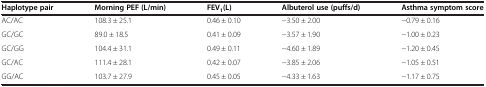
<table><thead><tr><td><b>Haplotype pair</b></td><td><b>Morning PEF (L/min)</b></td><td><b>FEV<sub>1</sub>(L)</b></td><td><b>Albuterol use (puffs/d)</b></td><td><b>Asthma symptom score</b></td></tr></thead><tbody><tr><td>AC/AC</td><td>108.3 ± 25.1</td><td>0.46 ± 0.10</td><td>−3.50 ± 2.00</td><td>−0.79 ± 0.16</td></tr><tr><td>GC/GC</td><td>89.0 ± 18.5</td><td>0.41 ± 0.09</td><td>−3.57 ± 1.90</td><td>−1.00 ± 0.23</td></tr><tr><td>GC/GG</td><td>104.4 ± 31.1</td><td>0.49 ± 0.11</td><td>−4.60 ± 1.89</td><td>−1.20 ± 0.45</td></tr><tr><td>GC/AC</td><td>111.4 ± 28.1</td><td>0.42 ± 0.07</td><td>−3.85 ± 2.06</td><td>−1.05 ± 0.51</td></tr><tr><td>GG/AC</td><td>103.7 ± 27.9</td><td>0.45 ± 0.05</td><td>−4.33 ± 1.63</td><td>−1.17 ± 0.75</td></tr></tbody></table>